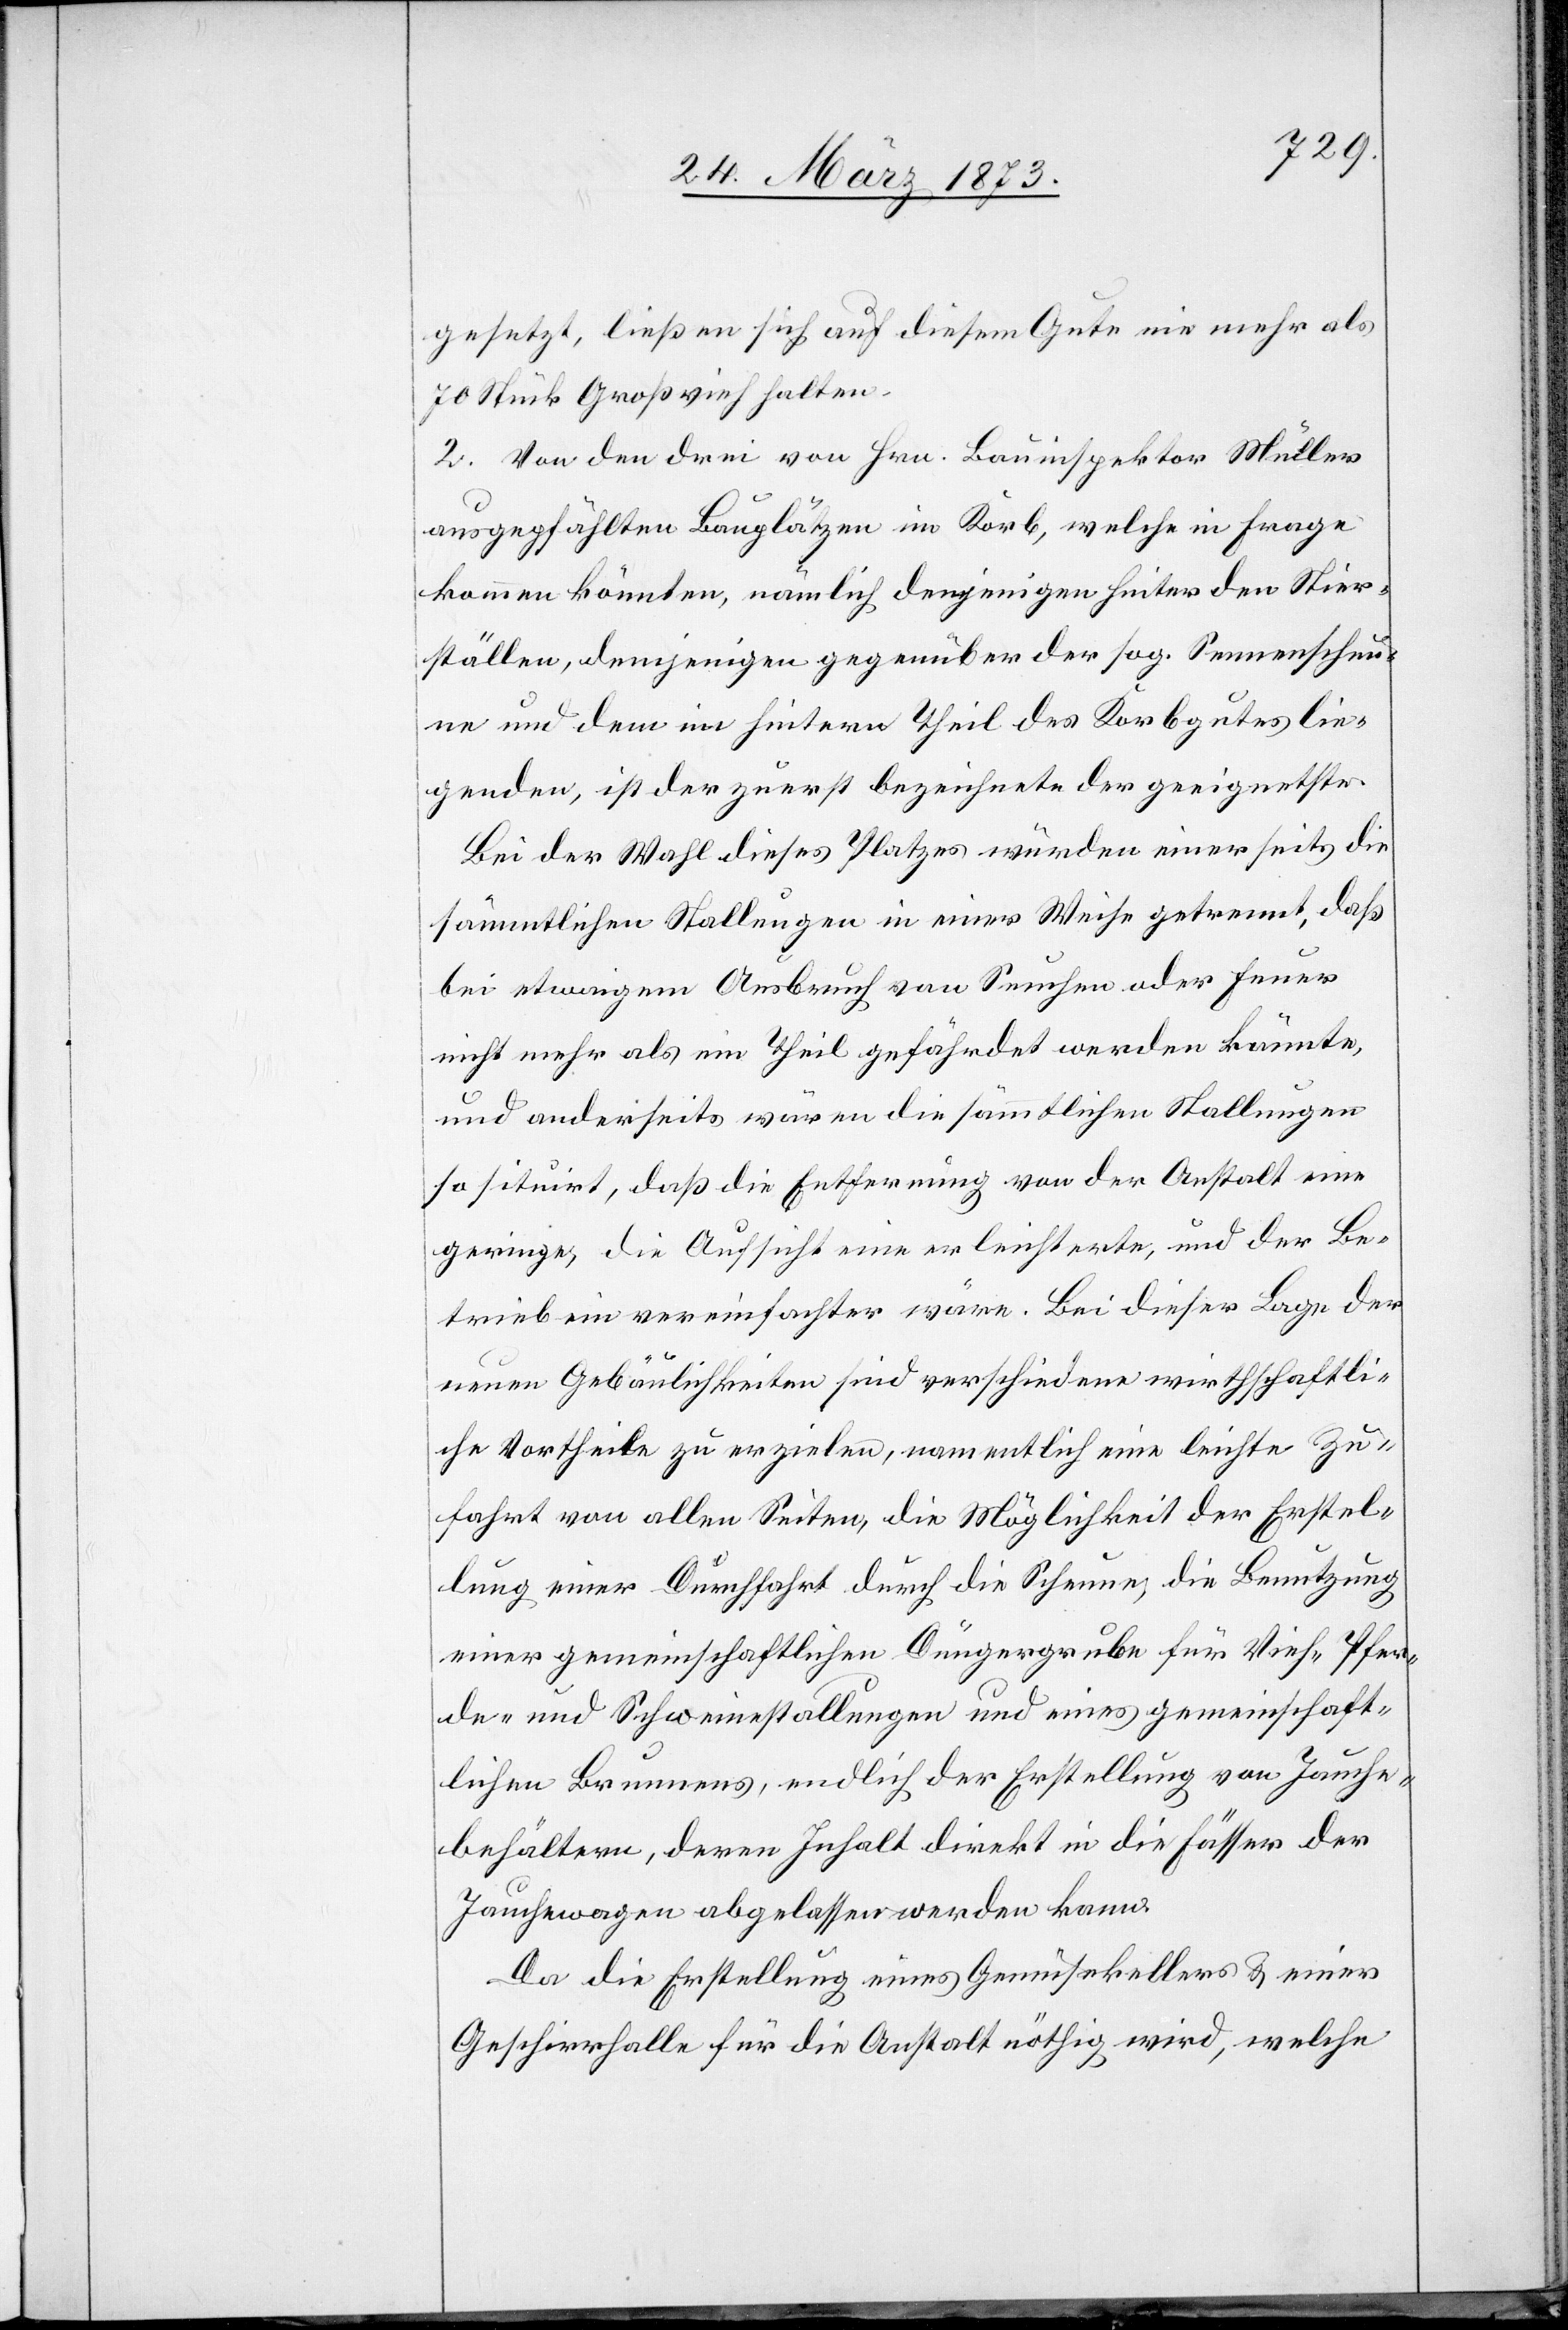
gesetzt, ließen sich auf diesem Gute nie mehr als
70 Stück Großvieh halten.
2. Von den drei von Hrn. Bauinspektor Müller
ausgepfählten Bauplätzen im Korb, welche in Frage
kommen könnten, nämlich demjenigen hinter den Stier¬
ställen, demjenigen gegenüber der sog. Sennenscheu¬
ne und dem im hintern Theil des Korbgutes lie¬
genden, ist der zuerst bezeichnete der geeignetste.
Bei der Wahl dieses Platzes würden einerseits die
sämmtlichen Stallungen in einer Weise getrennt, daß
bei etwaigem Ausbruch von Seuchen oder Feuer
nicht mehr als ein Theil gefährdet werden könnte,
und anderseits wären die sämmtlichen Stallungen
so situirt, daß die Entfernung von der Anstalt eine
geringe, die Aufsicht eine erleichterte, und der Be¬
trieb ein vereinfachter wäre. Bei dieser Lage der
neuen Gebäulichkeiten sind verschiedene wirthschaftli¬
che Vortheile zu erzielen, namentlich eine leichte Zu¬
fahrt von allen Seiten, die Möglichkeit der Erstel¬
lung einer Durchfahrt durch die Scheune, die Benutzung
einer gemeinschaftlichen Düngergrube für Vieh-[,] Pfer¬
de- und Schweinestallungen und eines gemeinschaft¬
lichen Brunnens, endlich der Erstellung von Jauche¬
behältern, deren Inhalt direkt in die Fässer der
Jauchewagen abgelassen werden kann.
Da die Erstellung eines Gemüsekellers u. einer
Geschirrhalle für die Anstalt nöthig wird, welche